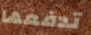
تدفعها